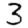
Digit: 3